Calcutta medical institutions reports 1871-78
Year: 1871
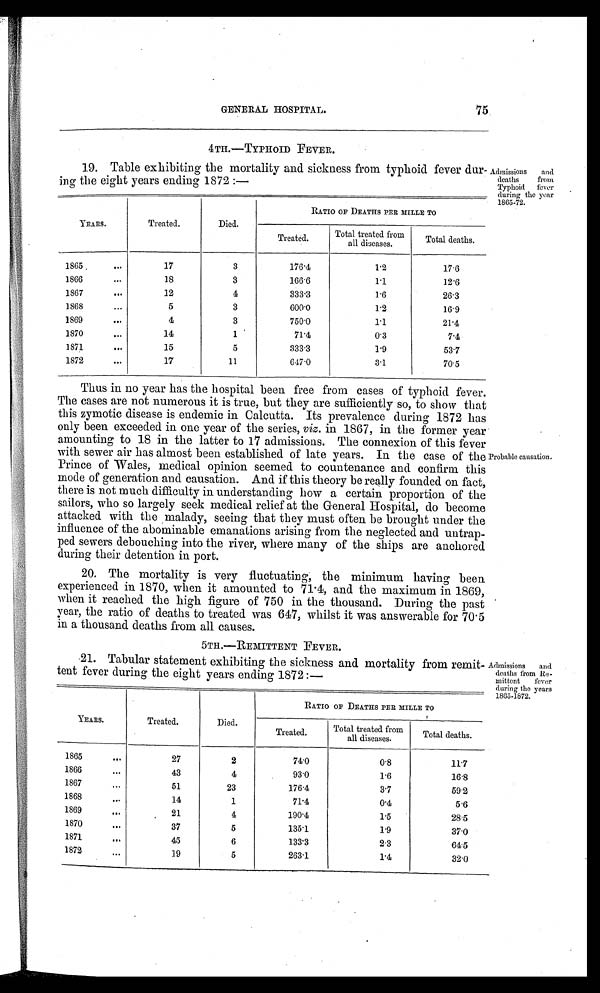
GENERAL HOSPITAL.
75
4TH.—TYPHOID FEVER.
19. Table exhibiting the mortality and sickness from typhoid fever dur- Admissions and
roilt
iIna''the eight years ending 1872 :-
deaths
Typhoid f
f
e er
YEARS.
Treated.
Died.
1865-n.
RATIO OF DEATHS PER MILLE TO
Treated.
Total treated from
all diseases.
Total deaths.
1865 .
•••
17
3
176.1
1.2
17.6
1866
..•
18
3
166'6
1.1
12.6
1S67
Oa.
12
4
333.3
1.6
26'3
1868
.••
5
3
600.0
1.2
16.9
1869
•••
4
3
750'0
1'1
21.4
1870
.••
14
1
71.4
0.3
7.4
1871
•116
15
5
333.3
1.9
53.7
1872
•••
17
11
647.0
3.1
70.5
Thus in no year has the hospital been free from cases of typhoid fever.
The cases are not numerous it is true, but they are sufficiently so, to show that
this zymotic disease is endemic in Calcutta. Its prevalence during 1872 has
only been exceeded in one year of the series, viz. in 1867, in the former year •
.
amounting to 18 in the latter to 17 admissions. The connexion of this fever
with sewer air has almost been established of late years. In the case of the Probable causation,
Prince of Wales, medical opinion seemed to countenance and confirm this
mode of generation and causation. And if this theory be really founded on fact,
there is not much difficulty in understanding how a certain proportion of the
sailors, who so largely seek medical relief at the General Hospital, do become
. . ,
attacked with the malady, seeing that they must often be brought under the
influence of the abominable emanations arising from the neglected and untrap-
ped sewers debouching into the river, where many of the ships are anchored
during their detention in port.
20. The mortality is very fluctuating; the minimum having been
experienced in 1870, when it amounted to 71 44, and the maximum in 1869,
when it reached the high figure of 750 in the thousand. During the past •
, . .
4
year, the ratio of deaths to treated was 647, whilst it was answerable for 70.5
q
in a thousand deaths from all causes.
4
5TH.-REMITTENT FEVER.
i
b
21. Tabular statement exhibitin o. the sickness and mortality from remit-
Red-
Admissions
an
tent fever during the eight years ending 1872 :-
deaths from Re-
mittent fever
daring the years
YEARS.
Treated.
Died.
1865-1b72.
RATIO OF DEATHS PER MILLE TO
Treated.
f
Total treated from
all diseases.
Total deaths.
1865
...
27
2
740
0.8
111
1866
•••
43
4
93.0
1.6
16.8
1867
-•
51
23
176.4
3.7
59.2
1868
•
• •
14
1
71'4
0.4
5.6
1869. • .
21
4
190.4
1.5
28.5
1870
•
. .
37
5
135.1
1.9
37.0
1871
•.•
45
6
133'3
2.3
64.5
1872
.
. .
19
5
263.1
r4
32.0